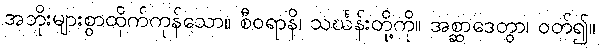
အဘိုးများစွာထိုက်ကုန်သော။ စီဝရာနိ၊ သင်္ဃန်းတို့ကို။ အစ္ဆာဒေတွာ၊ ဝတ်၍။